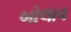
બોલાવ